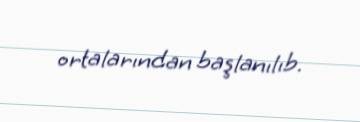
ortalarından başlanılıb.